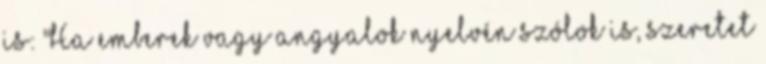
is: "Ha emberek vagy angyalok nyelvén szólok is, szeretet